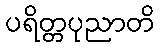
ပရိတ္တပုညာတိ